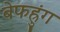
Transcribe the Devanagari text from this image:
बेफह्रुंग